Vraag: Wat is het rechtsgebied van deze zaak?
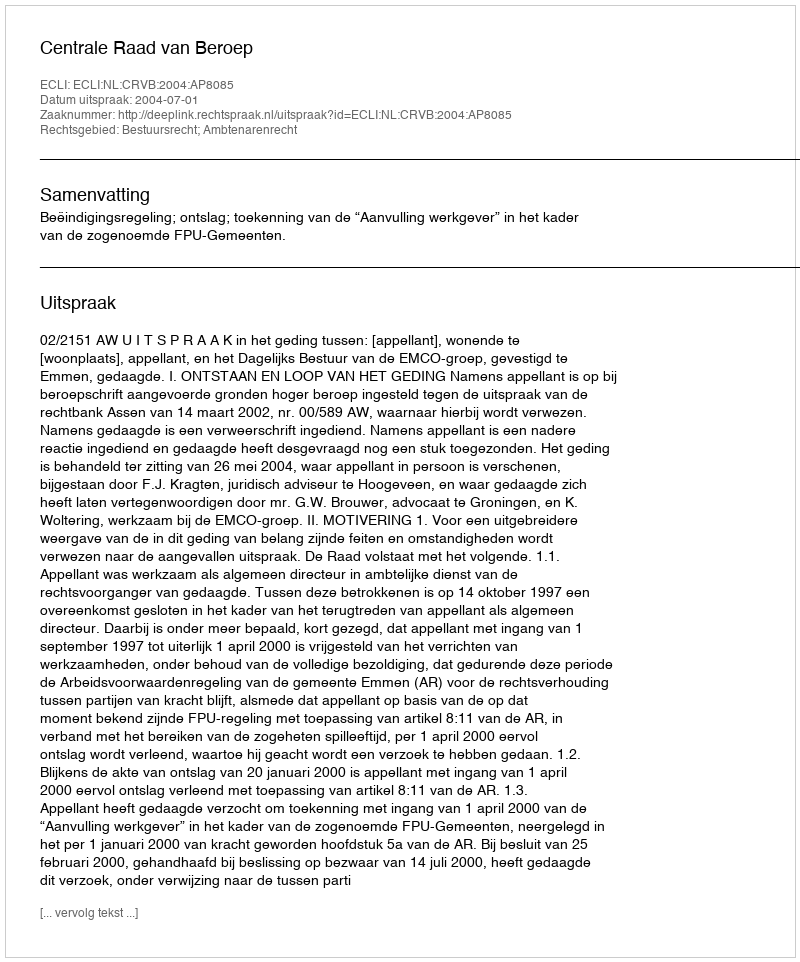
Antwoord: Bestuursrecht; Ambtenarenrecht